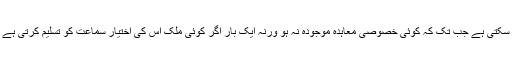
کوئی ملک چاہیے تو اس عدالت کی جوڈیشل کارروائی میں شامل نہیں ہو سکتی ہے جب تک کہ کوئی خصوصی معاہدہ موجودہ نہ ہو ورنہ ایک بار اگر کوئی ملک اس کی اختیار سماعت کو تسلیم کرتی ہے تو اس ملک کو اس کورٹ کے فیصلے لازمی طور پر ماننے پڑتے ہیں۔